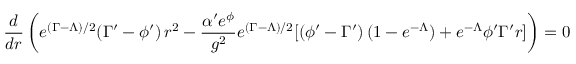
\frac { d } { d r } \left( e ^ { ( \Gamma - \Lambda ) / 2 } ( \Gamma ^ { \prime } - \phi ^ { \prime } ) \, r ^ { 2 } - \frac { \alpha ^ { \prime } e ^ { \phi } } { g ^ { 2 } } e ^ { ( \Gamma - \Lambda ) / 2 } [ ( \phi ^ { \prime } - \Gamma ^ { \prime } ) \, ( 1 - e ^ { - \Lambda } ) + e ^ { - \Lambda } \phi ^ { \prime } \Gamma ^ { \prime } r ] \right) = 0